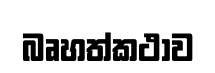
බෘහත්කථාව